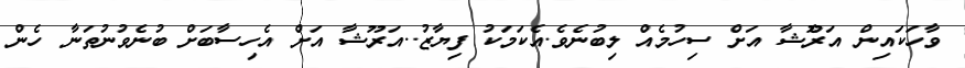
ވާހަކައިން އަރޫެޝާ އަށް ސިހުމެއް ލިބުނެވެ.އެކަމަކު ފިޔާޒު..އަރޫޝާ އަށް އެހިސާބަށް ބުނެވުނުތަނާ ހެން